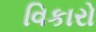
વિકારો